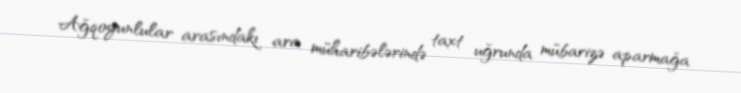
Ağqoyunlular arasındakı ara müharibələrində taxt uğrunda mübarizə aparmağa